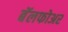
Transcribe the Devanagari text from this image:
बॅलफोअर